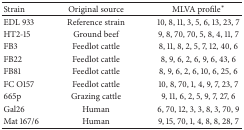
<table><thead><tr><td><b>Strain</b></td><td><b>Original source</b></td><td><b>MLVA profile*</b></td></tr></thead><tbody><tr><td>EDL 933</td><td>Reference strain</td><td>10, 8, 11, 3, 5, 6, 13, 23, 7</td></tr><tr><td>HT2-15</td><td>Ground beef</td><td>9, 8, 70, 70, 5, 8, 4, 11, 7</td></tr><tr><td>FB3</td><td>Feedlot cattle</td><td>8, 11, 8, 2, 5, 7, 12, 40, 6</td></tr><tr><td>FB22</td><td>Feedlot cattle</td><td>8, 9, 6, 2, 6, 9, 6, 43, 6 </td></tr><tr><td>FB81</td><td>Feedlot cattle</td><td>8, 9, 6, 2, 6, 10, 6, 25, 6</td></tr><tr><td>FC O157</td><td>Feedlot cattle</td><td>10, 8, 70, 1, 4, 9, 7, 23, 7</td></tr><tr><td>665p</td><td>Grazing cattle</td><td>9, 11, 6, 2, 5, 9, 7, 27, 6</td></tr><tr><td>Gal26</td><td>Human</td><td>6, 70, 12, 3, 3, 8, 3, 70, 9</td></tr><tr><td>Mat 167/6</td><td>Human</td><td>9, 15, 70, 1, 4, 8, 8, 28, 7</td></tr></tbody></table>